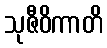
သုဇီဝိကာတိ